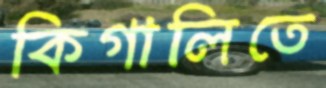
কিগালিতে